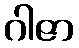
ဂါဇာ